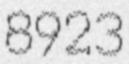
8923